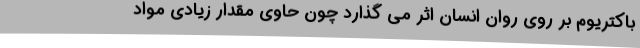
باکتریوم بر روی روان انسان اثر می گذارد چون حاوی مقدار زیادی مواد